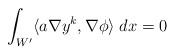
LaTeX: \begin{align*}\int_{W'}\langle a\nabla y^k,\nabla \phi \rangle \;dx = 0\end{align*}